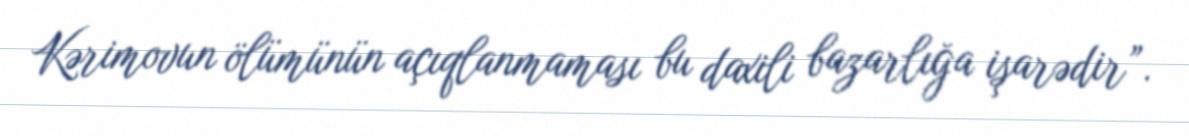
Kərimovun ölümünün açıqlanmaması bu daxili bazarlığa işarədir”.